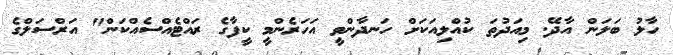
ހާލު ބަލަން އާދޭ. މިއަދުތަ ކުއްލިއަކަށް ހަނދާންވީ އަހަރެންމީ ކީފާގެ ރައްޓެއްސެއްކަން" އަރްސަލްގެ